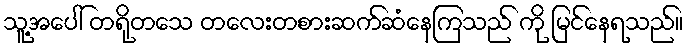
သူ့အပေါ် တရိုတသေ တလေးတစားဆက်ဆံနေကြသည် ကို မြင်နေရသည်။